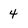
Character: 4